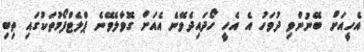
އެހީއަށް ބޭނުންވި ދުވަހު އެ އެހީ ހޯދައިދެވޭނެ އެއަށް ގޮވާލެވޭނެ ޕްލެޓްފޯމުތަކުގައި ތިބި